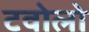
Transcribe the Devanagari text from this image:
टवोलो